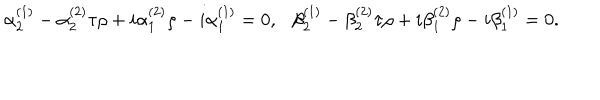
\alpha _ { 2 } ^ { ( 1 ) } - \alpha _ { 2 } ^ { ( 2 ) } \tau \rho + i \alpha _ { 1 } ^ { ( 2 ) } \rho - i \alpha _ { 1 } ^ { ( 1 ) } = 0 , \ \ \ \beta _ { 2 } ^ { ( 1 ) } - \beta _ { 2 } ^ { ( 2 ) } \tau \rho + i \beta _ { 1 } ^ { ( 2 ) } \rho - i \beta _ { 1 } ^ { ( 1 ) } = 0 .